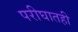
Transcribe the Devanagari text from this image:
परीघातही